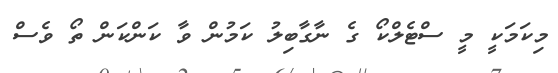
މިކަމަކީ މީ ސްޓެލްކޯ ގެ ނާގާބިލު ކަމުން ވާ ކަންކަން ތޯ ވެސް